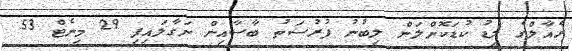
ރެއާލްގެ ލީޑު ކުޑަކޮށްލަން ލިބުނު ފުރުސަތު ބާސާއިން ނަގާލައިފި 29 މިނެޓް 53